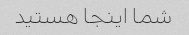
شما اینجا هستید